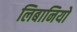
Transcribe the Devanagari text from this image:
लिबानियो